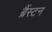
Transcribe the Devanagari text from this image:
ब्रैंस्टन